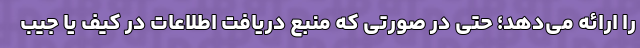
را ارائه می‌دهد؛ حتی در صورتی که منبع دریافت اطلاعات در کیف یا جیب‌